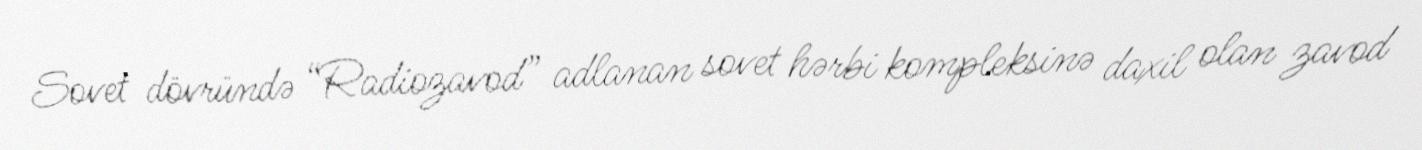
Sovet dövründə “Radiozavod” adlanan sovet hərbi kompleksinə daxil olan zavod